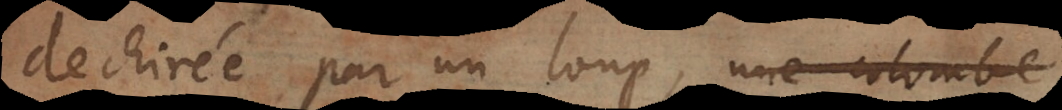
dechirée par un loup, une colombe